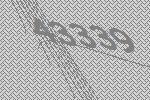
43339